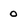
Character: 0